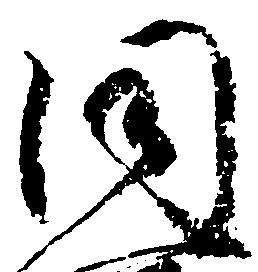
同